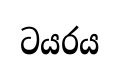
ටයරය